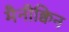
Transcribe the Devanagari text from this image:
मैनीक्विन